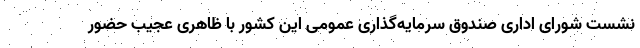
نشست شورای اداری صندوق سرمایه‌گذاری عمومی این کشور با ظاهری عجیب حضور